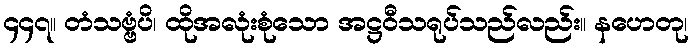
၄၄၇။ တံသဗ္ဗံပိ၊ ထိုအလုံးစုံသော အဋ္ဌဝီသရုပ်သည်လည်း။ နဟေတု၊